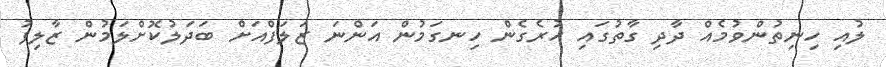
ލުއި ހިނިތުންވުމެއް ދާދި ގާތުގައި ހުރެގެން ހިނގަމުން އަންނަ ޒަލަފްއަށް ބަދަލުކޮށްލަމުން ޒާލިފު